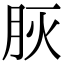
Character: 𦙻